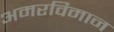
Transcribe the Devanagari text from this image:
अमरविमान